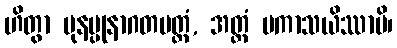
ဟိတွာ ပုနပ္ပုနာဂတမတ္ထံ, အတ္ထံ ပကာသယိဿာမိ၊